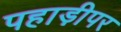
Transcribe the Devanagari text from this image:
पहाड़ीपर